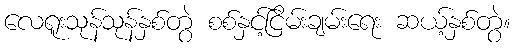
လေရူးသုန်သုန်နှစ်တွဲ စစ်နှင့်ငြိမ်းချမ်းရေး ဆယ့်နှစ်တွဲ။